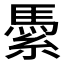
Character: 𱹽